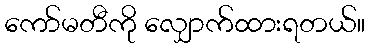
ကော်မတီကို လျှောက်ထားရတယ်။